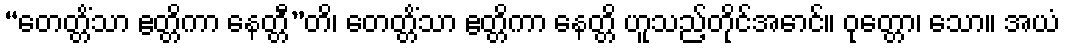
“တေတ္တိံသာ ဧတ္တိကာ နေတ္တီ”တိ၊ တေတ္တိံသာ ဧတ္တိကာ နေတ္တိ ဟူသည့်တိုင်အောင်။ ဝုတ္တော၊ သော။ အယံ